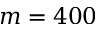
m = 4 0 0